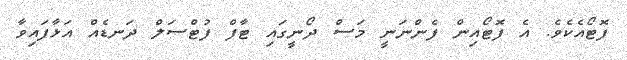
ފޮޓޯއެކެވެ. އެ ފޮޓޯއިން ފެންނަނީ މަސް ދޯނީގައި ޓާފް ފުޓްސަލް ދަނޑެއް އަޅާފައިވާ